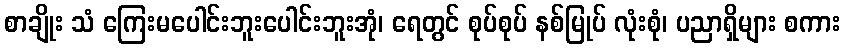
စာချိုး သံ ကြေးမပေါင်းဘူးပေါင်းဘူးအုံ၊ ရေတွင် စုပ်စုပ် နစ်မြုပ် လုံးစုံ၊ ပညာရှိများ စကား